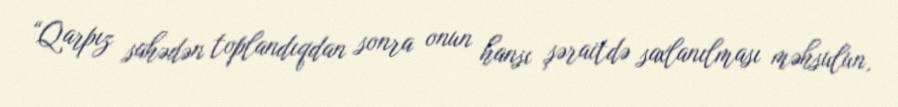
“Qarpız sahədən toplandıqdan sonra onun hansı şəraitdə saxlanılması məhsulun,